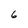
Character: 6